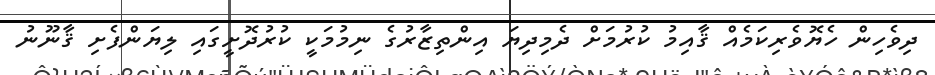
ދިވެހިން ހެޔޮވެރިކަމެއް ޤާއިމު ކުރުމަށް ދެމިދިޔަ އިންތިޒާރުގެ ނިމުމަކީ ކުރުދޮށީގައި ލިޔަންފެށި ޤާނޫނު